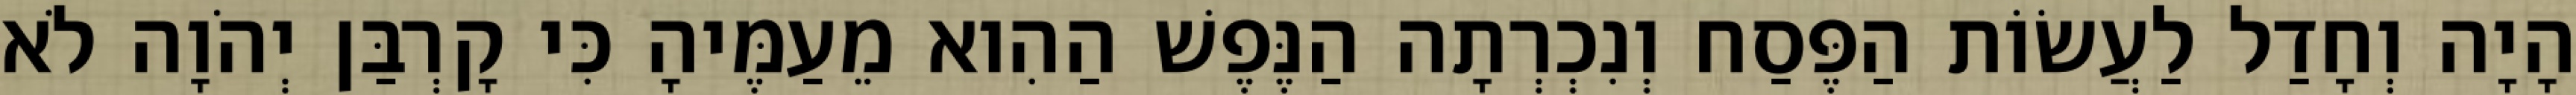
הָיָה וְחָדַל לַעֲשׂוֹת הַפֶּסַח וְנִכְרְתָה הַנֶּפֶשׁ הַהִוא מֵעַמֶּיהָ כִּי קָרְבַּן יְהֹוָה לֹא